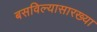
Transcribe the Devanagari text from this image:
बसविल्यासारख्या